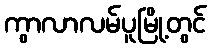
ကွာလာလမ်ပူမြို့တွင်